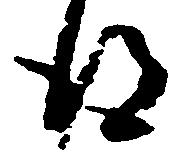
得